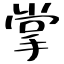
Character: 掌